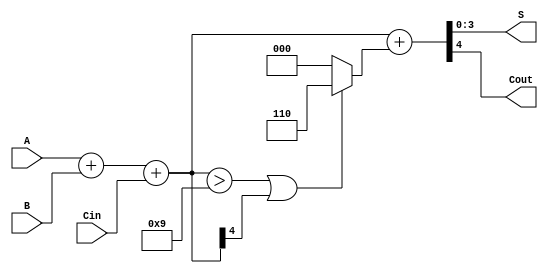
module BCD_Conditional_Adder (
    input  [3:0] A,     // First BCD digit
    input  [3:0] B,     // Second BCD digit
    input        Cin,    // Carry input
    output [3:0] S,     // BCD sum output
    output       Cout    // Carry output
);

    wire [4:0] sum;     // 5-bit sum to accommodate carry
    wire correction;     // Signal to indicate if correction is needed
    wire [4:0] corrected_sum; // Sum after correction

    // Step 1: Binary addition of A, B, and Cin
    assign sum = A + B + Cin;

    // Step 2: Determine if correction is needed
    assign correction = (sum > 9) || (sum[4]); // Check if sum exceeds 9 or if there's a carry

    // Step 3: Apply correction if needed
    assign corrected_sum = sum + (correction ? 5'b00110 : 5'b00000); // Add 6 if correction is needed

    // Step 4: Assign outputs
    assign S = corrected_sum[3:0]; // BCD result
    assign Cout = corrected_sum[4]; // Carry out

endmodule